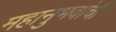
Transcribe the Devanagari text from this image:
महानुभवांची